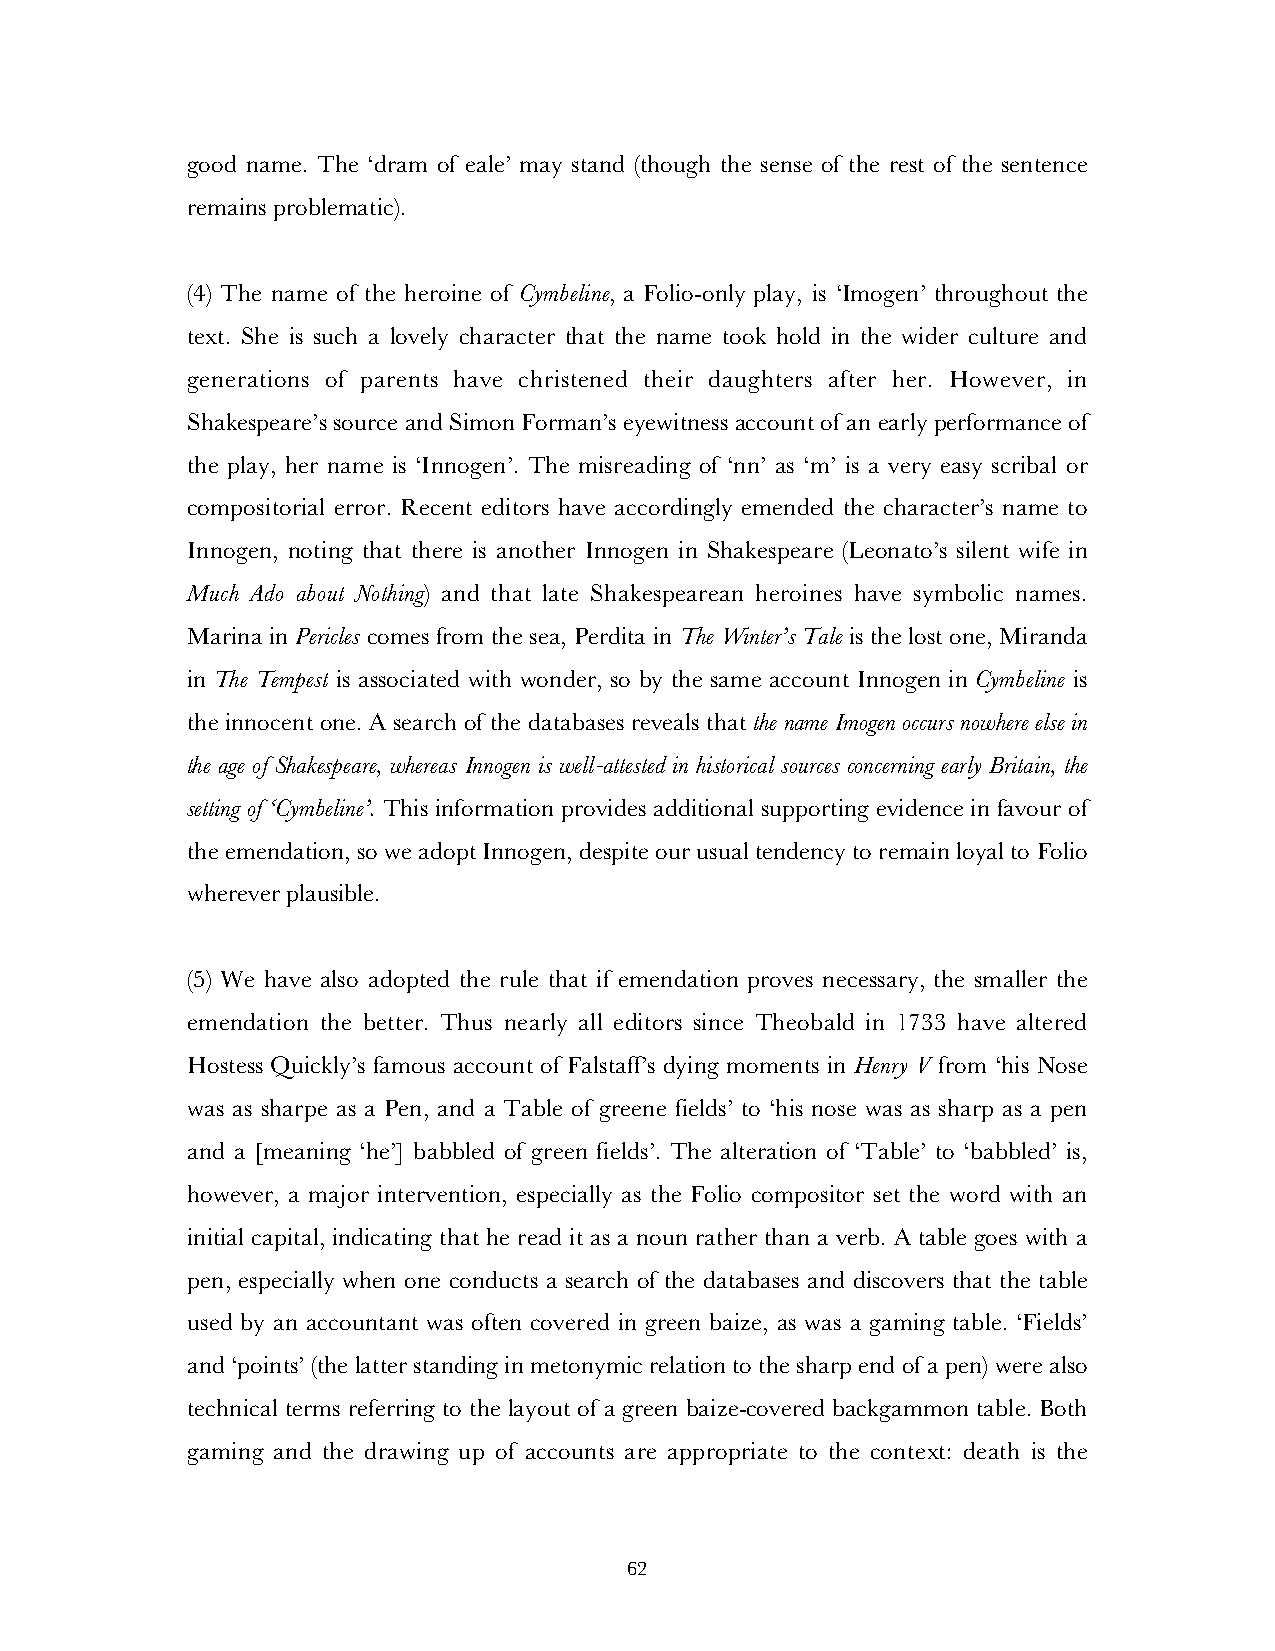
good name. The ‘dram of eale’ may stand (though the sense of the rest of the sentence
 remains problematic).
 (4) The name of the heroine of Cymbeline, a Folio-only play, is ‘Imogen’ throughout the
 text. She is such a lovely character that the name took hold in the wider culture and
 generations of parents have christened their daughters after her. However, in
 Shakespeare’s source and Simon Forman’s eyewitness account of an early performance of
 the play, her name is ‘Innogen’. The misreading of ‘nn’ as ‘m’ is a very easy scribal or
 compositorial error. Recent editors have accordingly emended the character’s name to
 Innogen, noting that there is another Innogen in Shakespeare (Leonato’s silent wife in
 Much Ado about Nothing) and that late Shakespearean heroines have symbolic names.
 Marina in Pericles comes from the sea, Perdita in The Winter’s Tale is the lost one, Miranda
 in The Tempest is associated with wonder, so by the same account Innogen in Cymbeline is
 the innocent one. A search of the databases reveals that the name Imogen occurs nowhere else in
 the age of Shakespeare, whereas Innogen is well-attested in historical sources concerning early Britain, the
 setting of ‘Cymbeline’. This information provides additional supporting evidence in favour of
 the emendation, so we adopt Innogen, despite our usual tendency to remain loyal to Folio
 wherever plausible.
 (5) We have also adopted the rule that if emendation proves necessary, the smaller the
 emendation the better. Thus nearly all editors since Theobald in 1733 have altered
 Hostess Quickly’s famous account of Falstaff’s dying moments in Henry V from ‘his Nose
 was as sharpe as a Pen, and a Table of greene fields’ to ‘his nose was as sharp as a pen
 and a [meaning ‘he’] babbled of green fields’. The alteration of ‘Table’ to ‘babbled’ is,
 however, a major intervention, especially as the Folio compositor set the word with an
 initial capital, indicating that he read it as a noun rather than a verb. A table goes with a
 pen, especially when one conducts a search of the databases and discovers that the table
 used by an accountant was often covered in green baize, as was a gaming table. ‘Fields’
 and ‘points’ (the latter standing in metonymic relation to the sharp end of a pen) were also
 technical terms referring to the layout of a green baize-covered backgammon table. Both
 gaming and the drawing up of accounts are appropriate to the context: death is the
 62